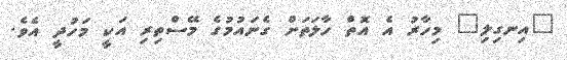
"އިނގިލި" މިހާރު އެ އޮތް ހާލަތަށް ގެނައުމުގެ މޭސްތިރި އަކީ މަހުދީ އެވެ.